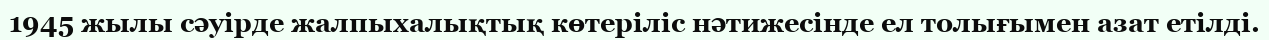
1945 жылы сәуірде жалпыхалықтық көтеріліс нәтижесінде ел толығымен азат етілді.